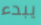
يبدء